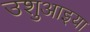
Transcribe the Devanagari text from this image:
उशुआइया